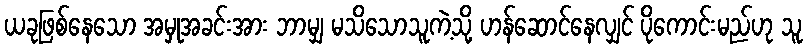
ယခုဖြစ်နေသော အမှုအခင်းအား ဘာမျှ မသိသောသူကဲ့သို့ ဟန်ဆောင်နေလျှင် ပိုကောင်းမည်ဟု သူ